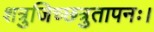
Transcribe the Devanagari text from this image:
शत्रुजिच्छत्रुतापनः।